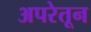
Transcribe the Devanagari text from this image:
अपरेतून